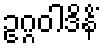
ဥဂ္ဂဝါဒိနိံ